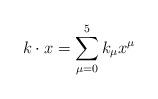
LaTeX: \begin{align*}k\cdot x=\sum _{\mu =0}^{5}k_{\mu }x^{\mu }\end{align*}